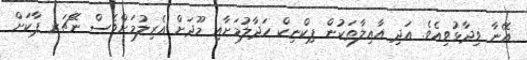
އޭނާ ވިދާޅުވިއެވެ. އަދި އާއިލާތަކުން ޕިކްނިކް ހަދާލުމަށާއި މޫދަށް އެރިލުމަށްވެސް ނޭޗަރ ޕާކަށް